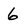
Character: 6